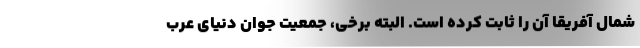
شمال آفریقا آن را ثابت کرده است. البته برخی، جمعیت جوان دنیای عرب